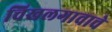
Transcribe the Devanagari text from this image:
चिखलगावाचे